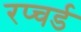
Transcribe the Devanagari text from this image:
रप्चर्ड